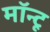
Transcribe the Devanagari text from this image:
मॉन्टू